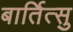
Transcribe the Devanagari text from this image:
बार्तित्सु